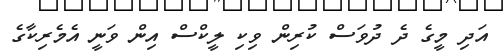
އަދި މީގެ ދެ ދުވަސް ކުރިން ވިކި ލީކްސް އިން ވަނީ އެމެރިކާގެ